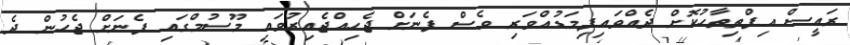
ރައީސް އިފްތިތާހުކޮށް ދެއްވައިފިމަޑުއްވަރި ވެސް ފެނަށް ޖެހިއްޖެއިރުވައި މޫސުމްގައި ފެނަށް ޖެހުން ދެ